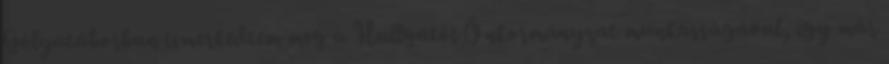
Gólyatáborban ismerkedtem meg a Hallgatói Önkormányzat munkásságával, így már